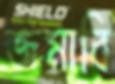
জমাবি